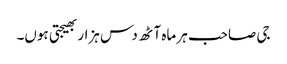
جی صاحب ہر ماہ آٹھ دس ہزار بھیجتی ہوں۔